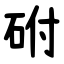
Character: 䂤